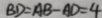
B D = A B - A D = 4